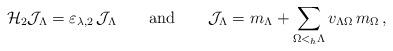
LaTeX: \begin{align*}{\mathcal H}_2 {\mathcal J}_{\Lambda} = \varepsilon_{\lambda,2}\, {\mathcal J}_{\Lambda} \qquad {\rm and}\qquad {\mathcal J}_{\Lambda} =m_{\Lambda} + \sum_{\Omega <_h \Lambda} v_{\Lambda \Omega} \, m_{\Omega} \, ,\end{align*}